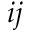
i j